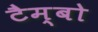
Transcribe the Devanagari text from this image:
टैम्बो